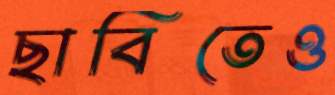
ছাবিতেও